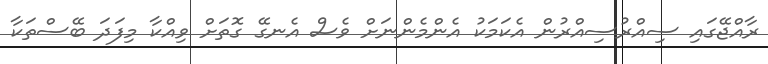
ރާއްޖޭގައި ސިއްރުސިއްރުން އެކަމަކު އެންމެންނަށް ވެސް އެނގޭ ގޮތަށް ވިއްކާ މިފަދަ ބޭސްތަކާ